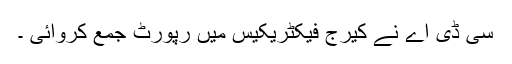
سی ڈی اے نے کیرج فیکٹریکیس میں رپورٹ جمع کروائی ۔